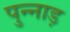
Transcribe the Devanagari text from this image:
पुन्नाड़